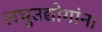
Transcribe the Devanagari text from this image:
लघुउद्योगांना